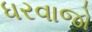
ધરવાજો